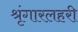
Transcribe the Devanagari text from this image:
श्रृंगारलहरी